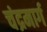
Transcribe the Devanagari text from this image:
चंद्रमार्ग